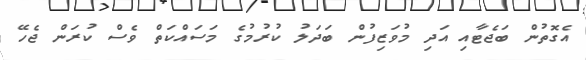
އެގޮތުން ބަޖެޓާއި އަދި މުވަޒިފުން ބަދަލު ކުރުމުގެ މަސައްކަތް ވެސް ކުރަން ޖެހޭ